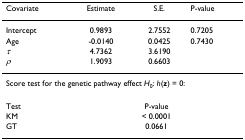
| Covariate | Estimate | S.E. | P-value |
 | --- | --- | --- | --- |
 | Intercept | 0.9893 | 2.7552 | 0.7205 |
 | Age | -0.0140 | 0.0425 | 0.7430 |
 | τ | 4.7362 | 3.6190 |  |
 | ρ | 1.9093 | 0.6603 |  |
 | <COLSPAN=4> Score test for the genetic pathway effect H0: h(z) = 0: |
 | Test | <COLSPAN=3> P-value |
 | KM | <COLSPAN=3> < 0.0001 |
 | GT | <COLSPAN=3> 0.0661 |